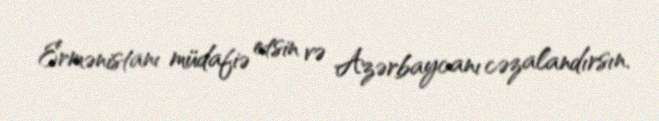
Ermənistanı müdafiə etsin və Azərbaycanı cəzalandırsın.